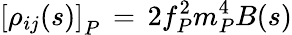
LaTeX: \left[\rho_{ij}(s)\right]_{P}\, =\, 2f_{P}^{2}m_{P}^{4}B(s)